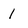
Character: 1